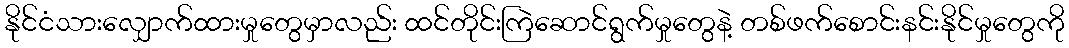
နိုင်ငံသားလျှောက်ထားမှုတွေမှာလည်း ထင်တိုင်းကြဲဆောင်ရွက်မှုတွေနဲ့ တစ်ဖက်စောင်းနင်းနိုင်မှုတွေကို